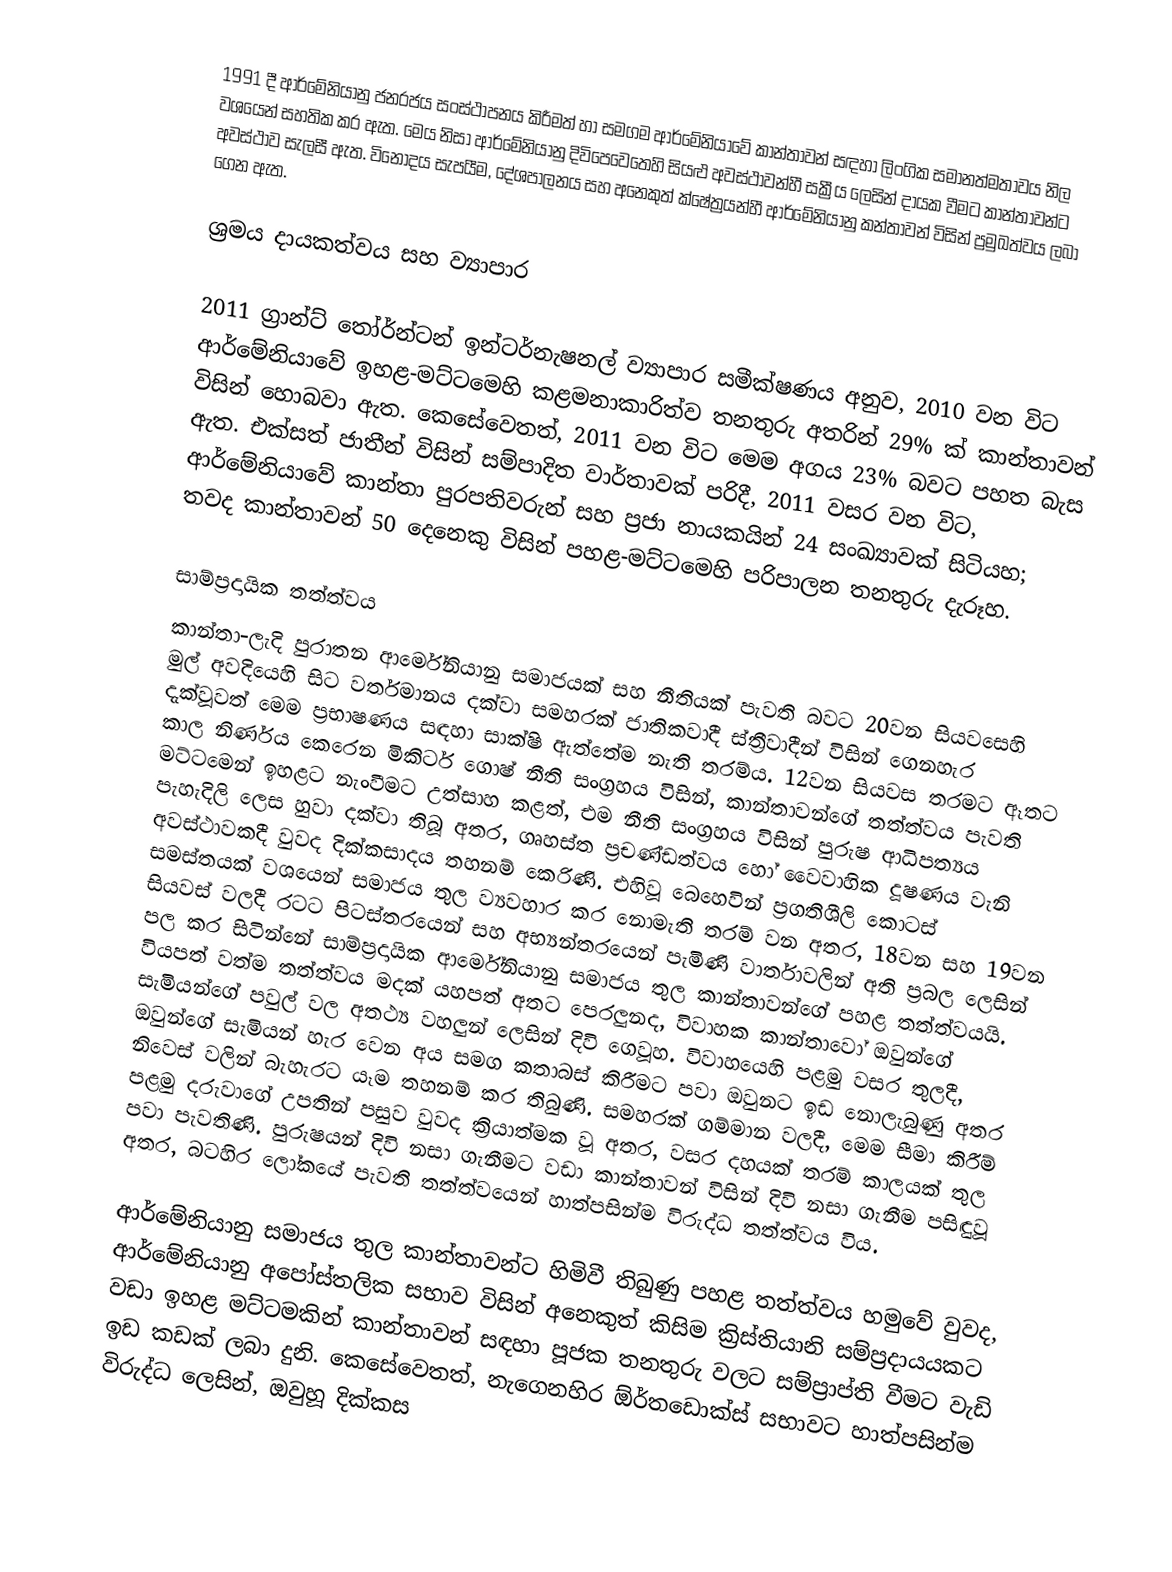
1991 දී  ආර්මේනියානු ජනරජය සංස්ථාපනය කිරීමත් හා සමගම  ආර්මේනියාවේ කාන්තාවන්  සඳහා ලිංගික සමානත්මතාවය නිල වශයෙන් සහතික කර ඇත. මෙය නිසා ආර්මේනියානු දිවිපෙවෙතෙහි සියළු අවස්ථාවන්හී සක්‍රීය ලෙසින් දායක වීමට කාන්තාවන්ට අවස්ථාව සැලසී ඇත. විනෝදය සැපයීම, දේශපාලනය සහ අනෙකුත් ක්ෂේත්‍රයන්හී ආර්මේනියානු කන්තාවන් විසින් ප්‍රමුඛත්වය ලබා ගෙන ඇත.

ශ්‍රමය දායකත්වය සහ ව්‍යාපාර

2011 ග්‍රාන්ට් තෝර්න්ටන් ඉන්ටර්නැෂනල් ව්‍යාපාර සමීක්ෂණය අනුව, 2010 වන විට ආර්මේනියාවේ ඉහළ-මට්ටමෙහි කළමනාකාරිත්ව තනතුරු අතරින් 29% ක් කාන්තාවන් විසින් හොබවා ඇත. කෙසේවෙතත්, 2011 වන විට මෙම අගය 23% බවට පහත බැස ඇත. එක්සත් ජාතීන් විසින් සම්පාදිත වාර්තාවක් පරිදී, 2011 වසර වන විට, ආර්මේනියාවේ කාන්තා පුරපතිවරුන් සහ ප්‍රජා නායකයින්  24  සංඛ්‍යාවක් සිටියහ; තවද කාන්තාවන්  50 දෙනෙකු විසින්  පහළ-මට්ටමෙහි පරිපාලන තනතුරු දැරූහ.

සාම්ප්‍රදායික තත්ත්වය
කාන්තා-ලැදි  පුරාතන ආර්මේනියානු සමාජයක් සහ නීතියක් පැවති බවට  20වන සියවසෙහි මුල් අවදියෙහි සිට වර්තමානය දක්වා සමහරක් ජාතිකවාදී ස්ත්‍රීවාදීන් විසින් ගෙනහැර දැක්වූවත් මෙම ප්‍රභාෂණය සඳහා සාක්ෂි ඇත්තේම නැති තරම්ය. 12වන සියවස තරමට ඈතට කාල නිර්ණය කෙරෙන මිකිටර් ගොෂ් නීති සංග්‍රහය විසින්, කාන්තාවන්ගේ තත්ත්වය පැවති මට්ටමෙන් ඉහළට නැංවීමට උත්සාහ කළත්, එම නීති සංග්‍රහය විසින් පුරුෂ ආධිපත්‍යය පැහැදිලි ලෙස හුවා දක්වා තිබූ අතර,  ගෘහස්ත ප්‍රචණ්ඩත්වය හෝ වෛවාහික දූෂණය වැනි අවස්ථාවකදී වුවද දික්කසාදය තහනම් කෙරිණි. එහිවූ බෙහෙවින් ප්‍රගතිශීලි කොටස් සමස්තයක් වශයෙන් සමාජය තුල ව්‍යවහාර කර නොමැති තරම් වන අතර, 18වන සහ 19වන සියවස් වලදී රටට පිටස්තරයෙන් සහ අභ්‍යන්තරයෙන් පැමිණි වාර්තාවලින් අති ප්‍රබල ලෙසින් පල කර සිටින්නේ සාම්ප්‍රදායික ආර්මේනියානු සමාජය තුල කාන්තාවන්ගේ පහළ තත්ත්වයයි. වියපත් වත්ම තත්ත්වය මදක් යහපත් අතට පෙරලුනද, විවාහක කාන්තාවෝ ඔවුන්ගේ සැමියන්ගේ පවුල් වල අතථ්‍ය වහලුන් ලෙසින් දිවි ගෙවූහ. විවාහයෙහි පළමු වසර තුලදී, ඔවුන්ගේ සැමියන් හැර වෙන අය සමග කතාබස් කිරීමට පවා ඔවුනට ඉඩ නොලැබුණු අතර  නිවෙස් වලින් බැහැරට යෑම තහනම් කර තිබුණි. සමහරක් ගම්මාන වලදී, මෙම සීමා කිරීම් පළමු දරුවාගේ උපතින් පසුව වුවද ක්‍රියාත්මක වූ අතර, වසර දහයක් තරම් කාලයක් තුල පවා පැවතිණි. පුරුෂයන් දිවි නසා ගැනීමට වඩා කාන්තාවන් විසින් දිවි නසා ගැනීම පසිඳුවූ අතර, බටහිර ලෝකයේ පැවති තත්ත්වයෙන් හාත්පසින්ම විරුද්ධ තත්ත්වය විය.

ආර්මේනියානු සමාජය තුල කාන්තාවන්ට හිමිවී තිබුණු පහළ තත්ත්වය හමුවේ වුවද, ආර්මේනියානු අපෝස්තලික සභාව විසින් අනෙකුත් කිසිම ක්‍රිස්තියානි සම්ප්‍රදායයකට වඩා ඉහළ මට්ටමකින් කාන්තාවන් සඳහා පූජක තනතුරු වලට සම්ප්‍රාප්ති වීමට වැඩි ඉඩ කඩක් ලබා දුනි. කෙසේවෙතත්, නැගෙනහිර ඕර්තඩොක්ස් සභාවට හාත්පසින්ම විරුද්ධ ලෙසින්, ඔවුහූ දික්කස